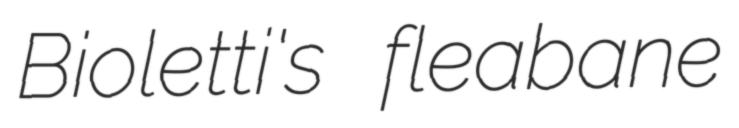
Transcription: Bioletti's fleabane